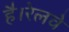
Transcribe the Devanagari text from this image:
है।रेलवे